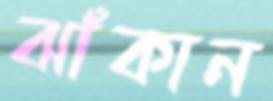
ঝাঁকান